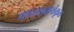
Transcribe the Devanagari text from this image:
माधवाचार्यकृत